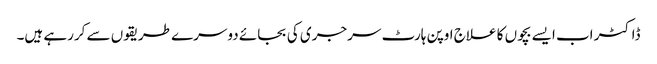
ڈاکٹر اب ایسے بچوں کا علاج اوپن ہارٹ سرجری کی بجائے دوسرے طریقوں سے کررہے ہیں۔